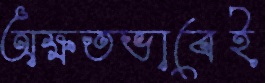
অক্ষতভাবেই